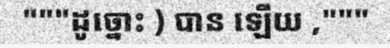
"""ដូច្នោះ ) បាន ឡើយ ,"""